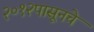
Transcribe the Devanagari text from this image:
२०१२पासूनचे